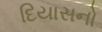
દિયાસનો